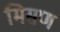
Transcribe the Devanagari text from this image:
मिसण